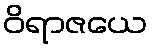
ဝိရာဇယေ